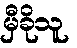
မှီခိုသူ